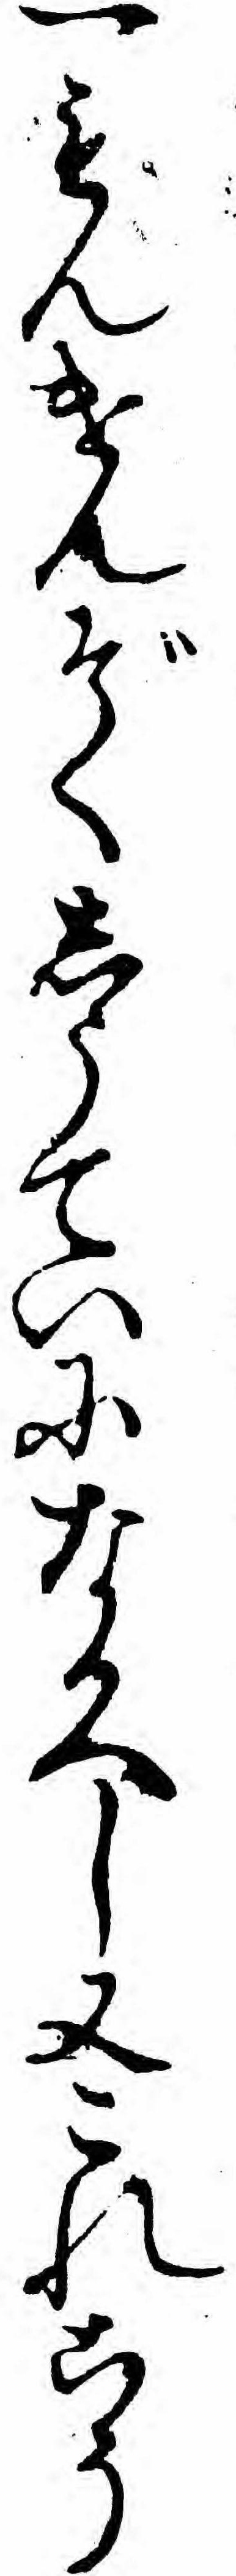
一もんけんぞくしうていになるへし又これこそ